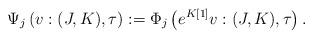
LaTeX: \begin{align*} \Psi_j \left(v:(J,K),\tau \right):= \Phi_j \left( e^{K[1]}v: (J,K),\tau \right). \end{align*}